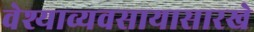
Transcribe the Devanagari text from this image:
वेश्याव्यवसायासारखे